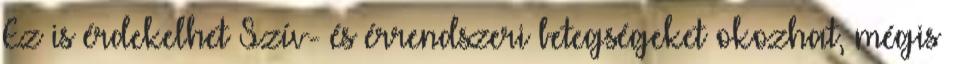
Ez is érdekelhet Szív- és érrendszeri betegségeket okozhat, mégis